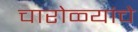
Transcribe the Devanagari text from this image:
चारोळ्यांचे